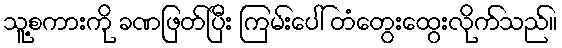
သူ့စကားကို ခဏဖြတ်ပြီး ကြမ်းပေါ် တံတွေးထွေးလိုက်သည်။